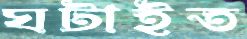
ঘটাইত